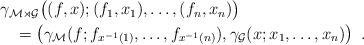
LaTeX: \begin{align*}\begin{multlined}\gamma_{\mathcal M\rtimes\mathcal G}\bigl((f,x);(f_1,x_1),\dots,(f_n,x_n)\bigr) \\= \left(\gamma_{\mathcal M}(f;f_{x^{-1}(1)},\dots,f_{x^{-1}(n)}),\gamma_{\mathcal G}(x;x_1,\dots,x_n)\right)\ .\end{multlined}\end{align*}